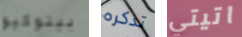
بينوكيو تذكره اتيتي